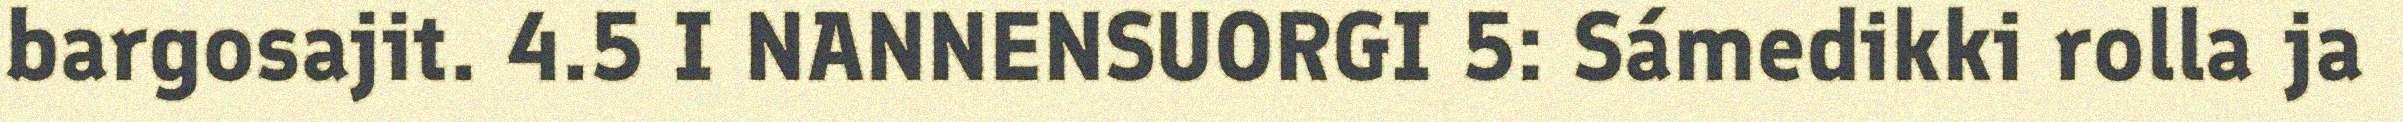
bargosajit. 4.5 I NANNENSUORGI 5: Sámedikki rolla ja